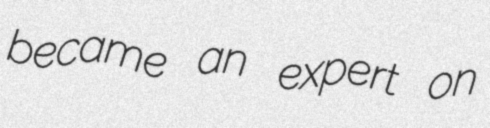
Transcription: became an expert on